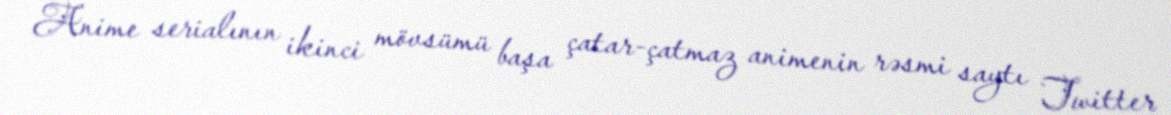
Anime serialının ikinci mövsümü başa çatar-çatmaz animenin rəsmi saytı Twitter